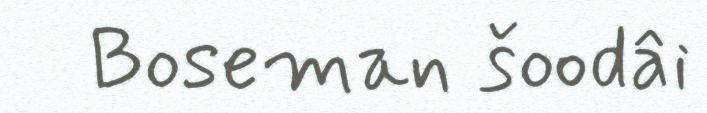
Boseman šoodâi